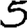
Digit: 5